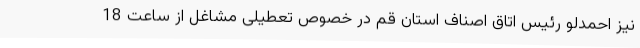
نیز احمدلو رئیس اتاق اصناف استان قم در خصوص تعطیلی مشاغل از ساعت 18